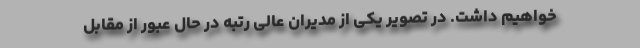
خواهیم داشت. در تصویر یکی از مدیران عالی رتبه در حال عبور از مقابل